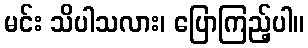
မင်း သိပါသလား၊ ပြောကြည့်ပါ။